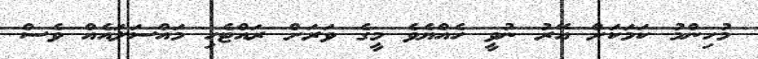
މުހިންމު ކަމަކަށް އޭރު ނުވީ ހެއްޔެވެ މީގެ ވަރަށް ރައްޓެހި މައްސަލައެއް ވެސް